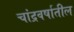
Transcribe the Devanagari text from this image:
चांद्रवर्षातील